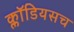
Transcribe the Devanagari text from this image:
क्लॉडियसच